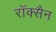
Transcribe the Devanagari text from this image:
रॉक्सैन